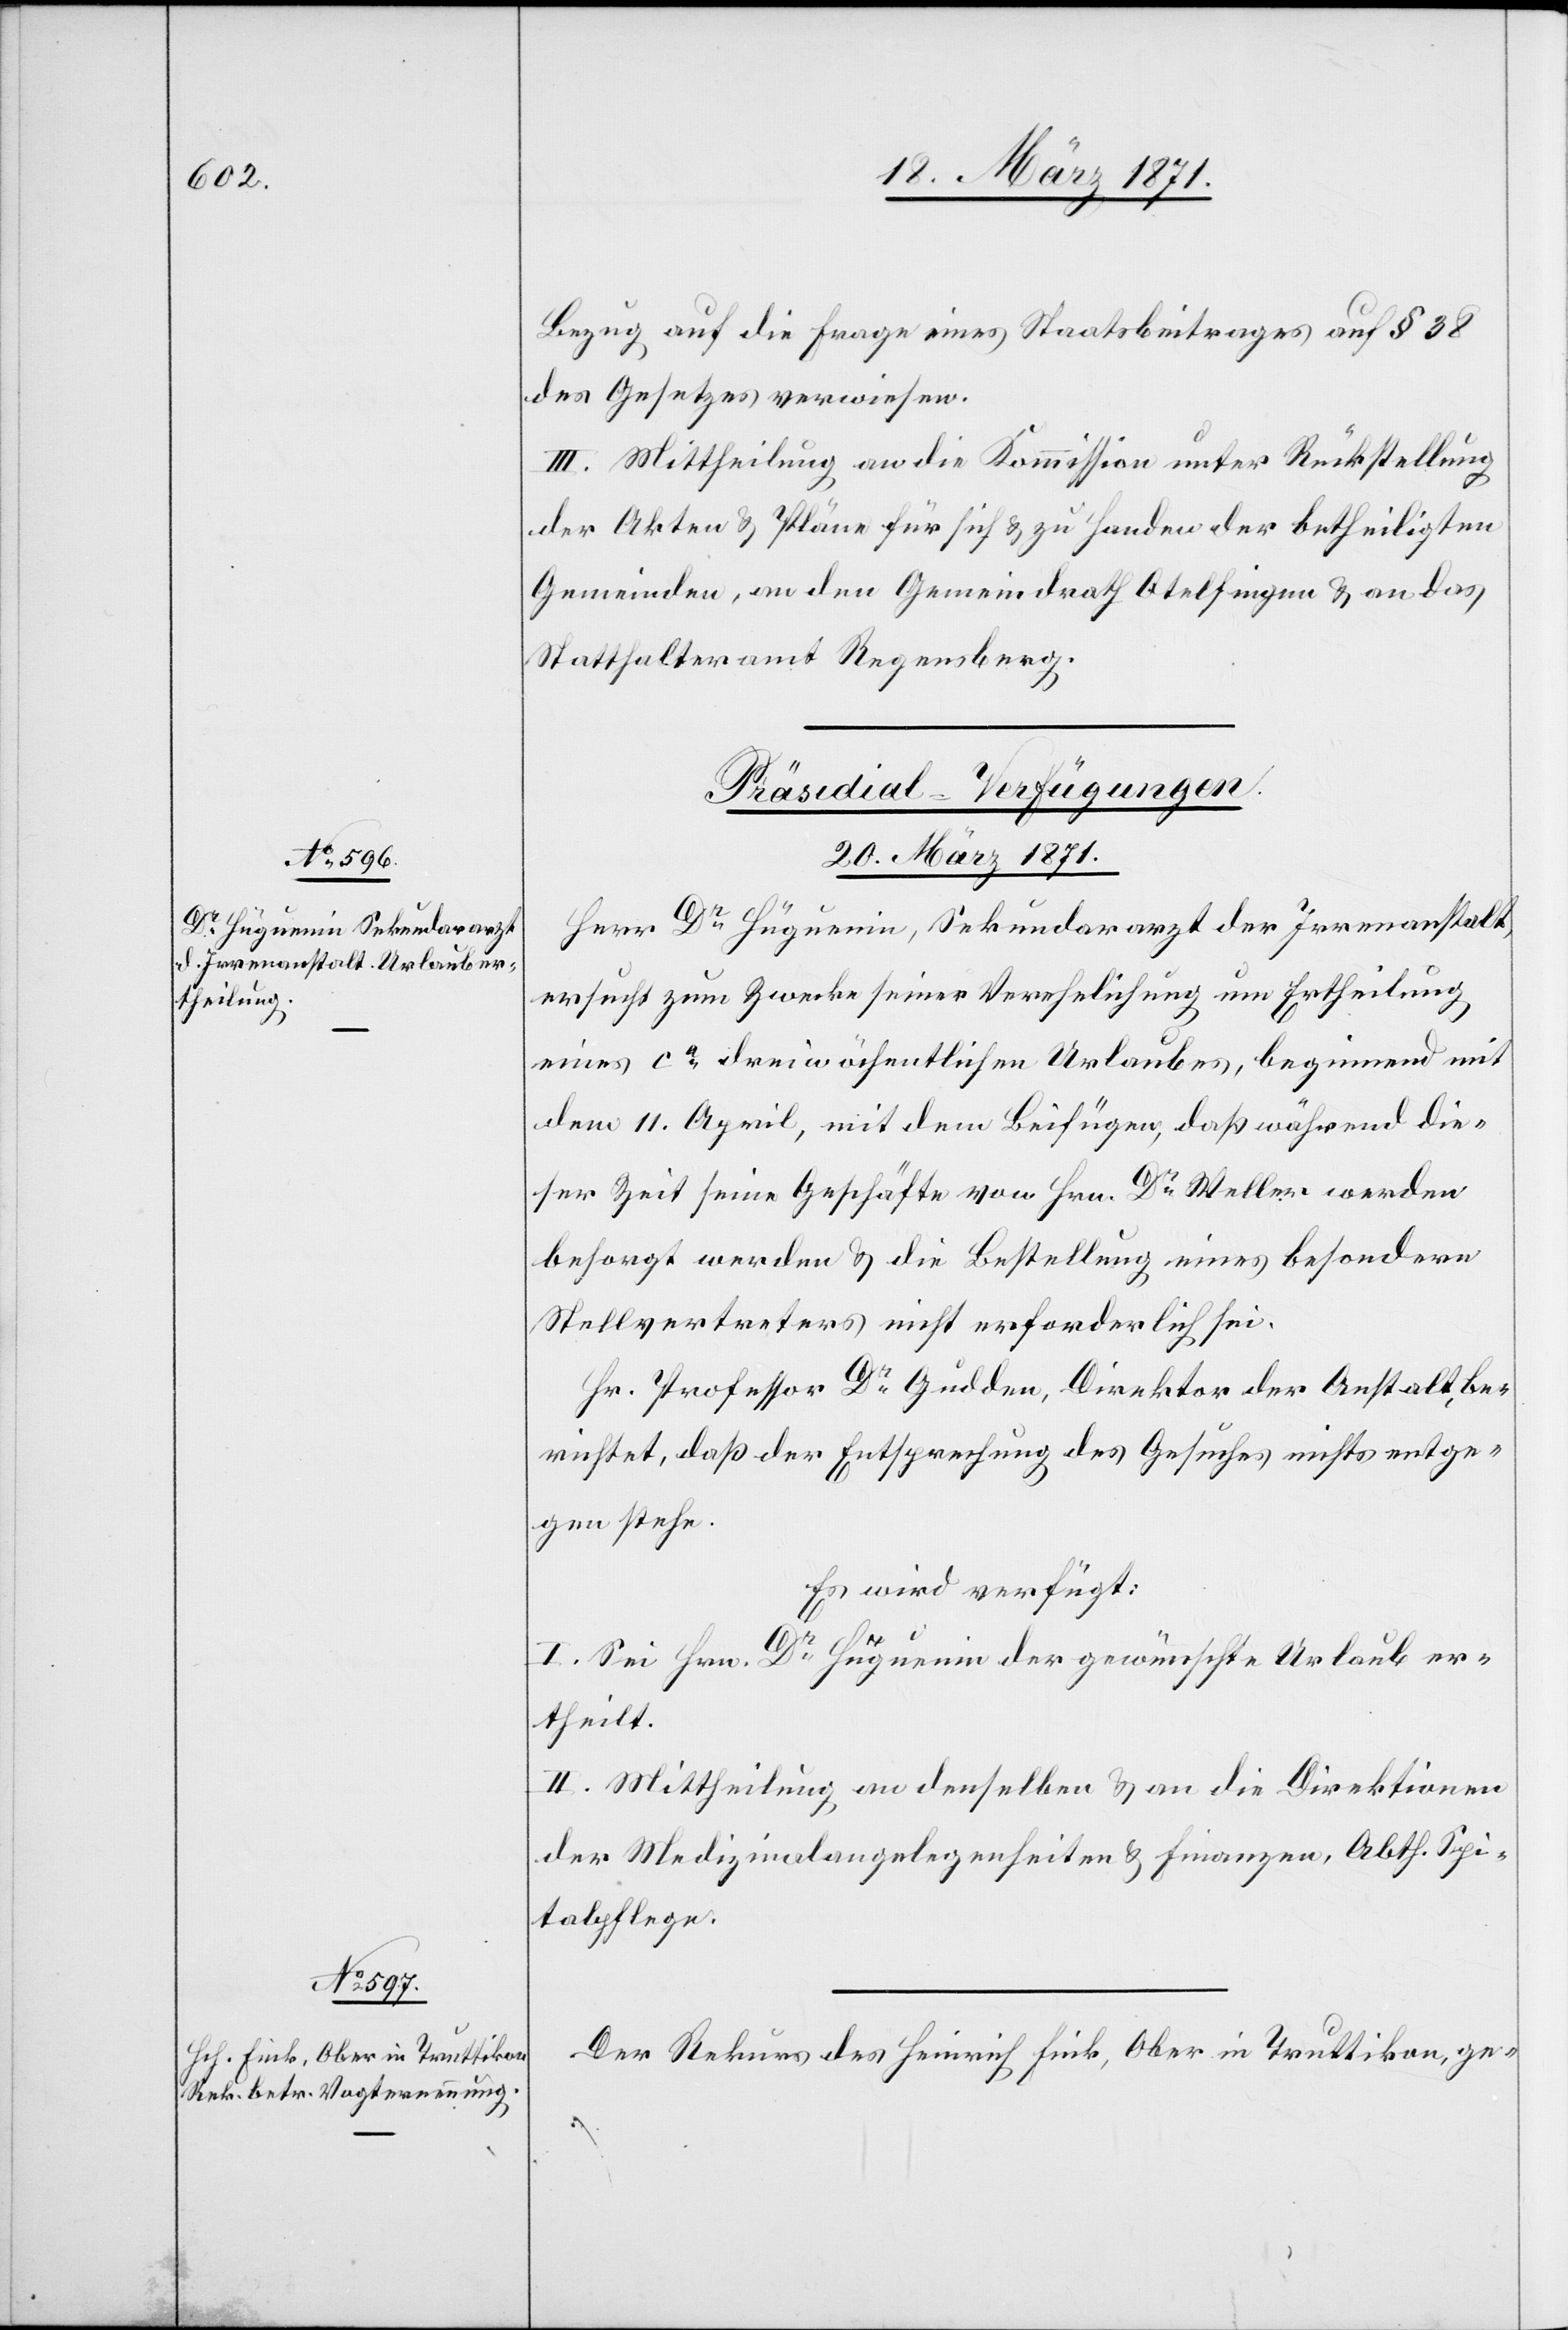
Bezug auf die Frage eines Staatsbeitrages auf § 38
des Gesetzes verwiesen.
III. Mittheilung an die Kommission unter Rückstellung
der Akten u. Pläne für sich u. zu Handen der betheiligten
Gemeinden, an den Gemeindrath Otelfingen u. an das
Statthalteramt Regensberg.
[Präsidial-Verfügungen
20. März 1871.]
Herr Dr. Hüguenin, Sekundararzt der Irrenanstalt,
ersucht zum Zwecke seiner Verehelichung um Ertheilung
eines ca. dreiwöchentlichen Urlaubes, beginnend mit
dem 11. April, mit dem Beifügen, daß während die¬
ser Zeit seine Geschäfte von Hrn. Dr. Weller werden
besorgt werden u. die Bestellung eines besondern
Stellvertreters nicht erforderlich sei.
Hr. Professor Dr. Gudden, Direktor der Anstalt, be¬
richtet, daß der Entsprechung des Gesuches nichts entge¬
gen stehe.
Es wird verfügt:
I. Sei Hrn. Dr. Hüguenin der gewünschte Urlaub er¬
theilt.
II. Mittheilung an denselben u. an die Direktion
der Medizinalangelegenheiten u. Finanzen, Abth. Spi¬
talpflege.
Der Rekurs des Heinrich Fink, Ober in Truttikon, ge-